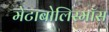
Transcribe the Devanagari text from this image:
मेटाबोलिस्मॉस